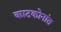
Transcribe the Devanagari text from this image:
काटकोनांत